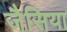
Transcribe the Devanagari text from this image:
जैसिया